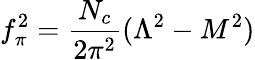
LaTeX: f_{\pi}^{2}=\frac{N_{c}}{2\pi^{2}}(\Lambda^{2}-M^{2})